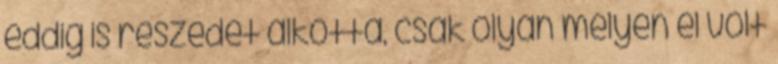
eddig is részedet alkotta, csak olyan mélyen el volt